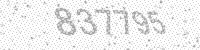
Solution: 837795